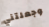
وجعلتني